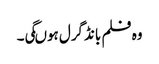
وہ فلم بانڈگرل ہوںگی۔